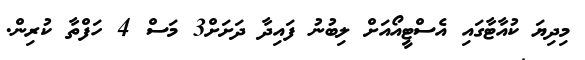
މިދިޔަ ކުއާޓާގައި އެސްޓީއޯއަށް ލިބުނު ފައިދާ ދަށަށް3 މަސް 4 ހަފްތާ ކުރިން.